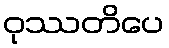
ဝုဿတိပေ